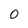
Character: O